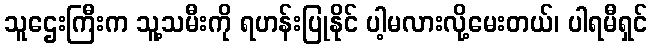
သူဌေးကြီးက သူ့သမီးကို ရဟန်းပြုနိုင် ပါ့မလားလို့မေးတယ်၊ ပါရမီရှင်